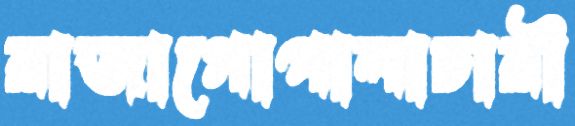
রাজাগোপালাচারী